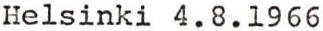
Helsinki 4.8.1966